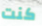
كنت